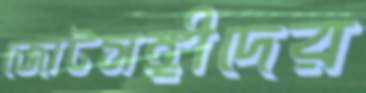
জোটসঙ্গীদের